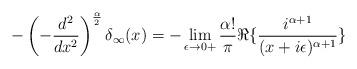
LaTeX: \begin{align*}-\left(-\frac{d^2}{dx^2}\right)^{\frac{\alpha}{2}}\delta_{\infty}(x) = - \lim_{\epsilon\rightarrow 0+}\frac{\alpha !}{\pi}{\Re\large\{\frac{i^{\alpha+1}}{(x+i\epsilon)^{\alpha+1}}}\large\}\end{align*}